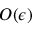
O ( \epsilon )